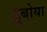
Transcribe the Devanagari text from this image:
डूबोया